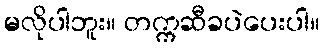
မလိုပါဘူး။ တက္ကဆီခပဲပေးပါ။